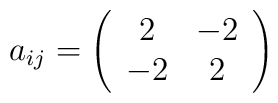
a_{ij}=\left(\begin{array}{cc} 2&-2\\ -2&2 \end{array}\right)